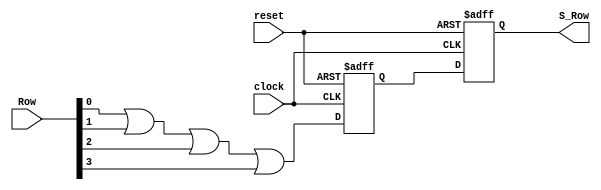
module Synchronizer(
    input [3:0] Row,
    input clock,
    input reset,
    output reg S_Row
    );
    reg A_Row;
    
    always @ (negedge clock or posedge reset)
    begin
    if (reset) 
    begin 
    A_Row <= 0;
    S_Row <= 0;
    end
    else 
    begin 
    A_Row <= (Row[0] || Row[1] || Row[2] || Row[3]);
    S_Row <= A_Row;
    end 
    end
        
endmodule